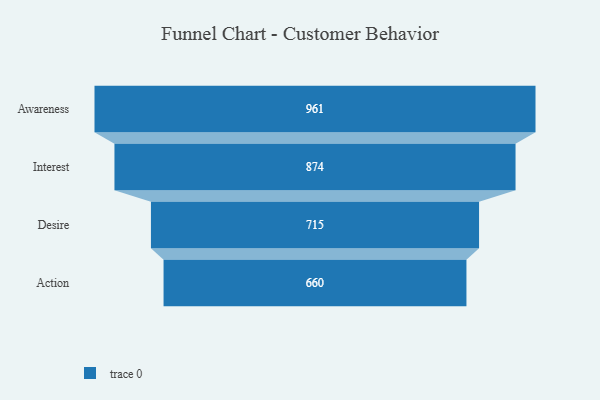
{"axis": {"x": "Stage", "y": "Value"}, "legend": [""], "data": [{"x": "Awareness", "y": 961.0, "type": ""}, {"x": "Interest", "y": 874.0, "type": ""}, {"x": "Desire", "y": 715.0, "type": ""}, {"x": "Action", "y": 660.0, "type": ""}]}